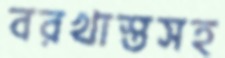
বরখাস্তসহ